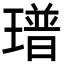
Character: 𤩓